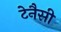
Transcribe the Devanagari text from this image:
टेनैसी